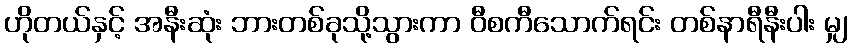
ဟိုတယ်နှင့် အနီးဆုံး ဘားတစ်ခုသို့သွားကာ ဝီစကီသောက်ရင်း တစ်နာရီနီးပါး မျှ